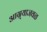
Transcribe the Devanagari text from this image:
आग्र्याजवळ